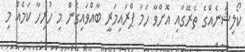
ކޯލިޝަނެއްގެ ތެރޭގައި އޮށްވާ ހަމަ ޕްރައިމަރީ ބާއްވައިގެން މި ހުރިހާ ކަމެއް މި